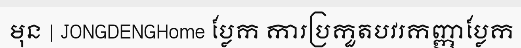
មុន | JONGDENGHome ប្លែក ការប្រកួតបវរកញ្ញាប្លែក